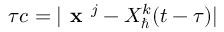
\tau c = \vert \textbf { x } ^ { j } - X _ { \hbar } ^ { k } ( t - \tau ) \vert